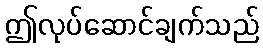
ဤလုပ်ဆောင်ချက်သည်